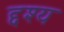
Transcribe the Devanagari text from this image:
द्दश्य